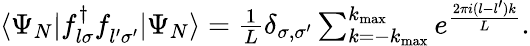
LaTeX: \begin{array}{r}{\langle\Psi_{N}|f_{l\sigma}^{\dagger}f_{l^{\prime}\sigma^{\prime}}^{\phantom{\dagger}}|\Psi_{N}\rangle=\frac{1}{L}\delta_{\sigma,\sigma^{\prime}}\sum_{k=-k_{\mathrm{max}}}^{k_{\mathrm{max}}}e^{\frac{2\pi i(l-l^{\prime})k}{L}}.}\end{array}